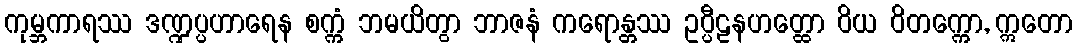
ကုမ္ဘကာရဿ ဒဏ္ဍပ္ပဟာရေန စက္ကံ ဘမယိတွာ ဘာဇနံ ကရောန္တဿ ဥပ္ပီဠနဟတ္ထော ဝိယ ဝိတက္ကော, ဣတော